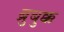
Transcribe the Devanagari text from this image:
ब्रुबुक्क